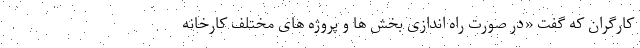
کارگران که گفت «در صورت راه اندازی بخش ها و پروژه های مختلف کارخانه